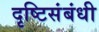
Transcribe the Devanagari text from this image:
दृष्टिसंबंधी